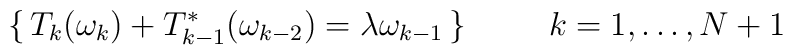
\lbrace\,T_k(\omega_k)+T_{k-1}^*(\omega_{k-2})=\lambda\omega_{k-1}\,\rbrace\;\;\;\;\;\;\;\;\;k=1,\dots,N+1